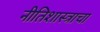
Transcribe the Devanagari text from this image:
नीतिशास्त्राचा